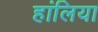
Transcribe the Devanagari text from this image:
हांलिया